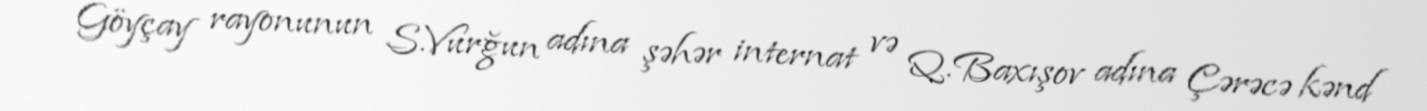
Göyçay rayonunun S.Vurğun adına şəhər internat və Q.Baxışov adına Çərəcə kənd